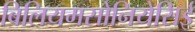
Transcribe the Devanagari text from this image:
बिलियमसोनियेसिई